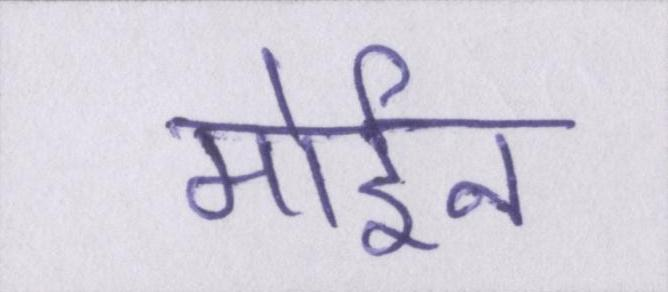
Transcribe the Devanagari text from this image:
मोईन